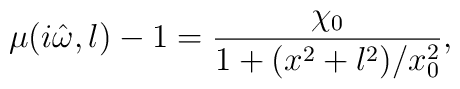
\mu(i\hat\omega,l)-1=\frac{\chi_0}{1 + (x^2+l^2)/x_0^2},